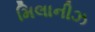
મિલાનીઝ